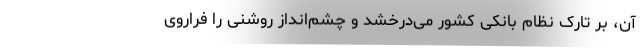
آن، بر تارک نظام بانکی کشور می‌درخشد و چشم‌انداز روشنی را فراروی